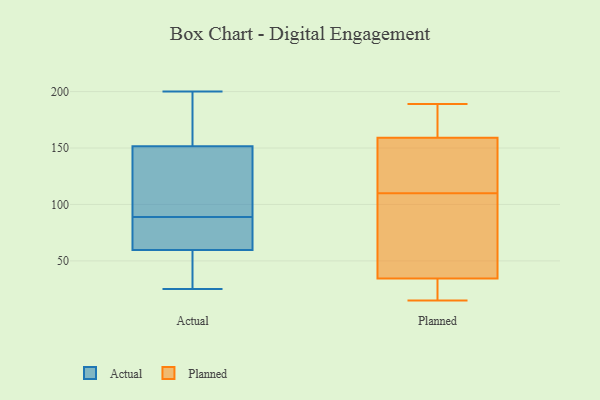
{"axis": {"x": "Gross Profit (USD K)", "y": "Value"}, "legend": ["Actual", "Planned"], "data": [{"x": "", "y": 64, "type": "Actual"}, {"x": "", "y": 180, "type": "Actual"}, {"x": "", "y": 25, "type": "Actual"}, {"x": "", "y": 146, "type": "Actual"}, {"x": "", "y": 39, "type": "Actual"}, {"x": "", "y": 89, "type": "Actual"}, {"x": "", "y": 115, "type": "Actual"}, {"x": "", "y": 200, "type": "Actual"}, {"x": "", "y": 146, "type": "Actual"}, {"x": "", "y": 60, "type": "Actual"}, {"x": "", "y": 64, "type": "Actual"}, {"x": "", "y": 59, "type": "Actual"}, {"x": "", "y": 168, "type": "Actual"}, {"x": "", "y": 171, "type": "Planned"}, {"x": "", "y": 30, "type": "Planned"}, {"x": "", "y": 178, "type": "Planned"}, {"x": "", "y": 85, "type": "Planned"}, {"x": "", "y": 42, "type": "Planned"}, {"x": "", "y": 19, "type": "Planned"}, {"x": "", "y": 36, "type": "Planned"}, {"x": "", "y": 41, "type": "Planned"}, {"x": "", "y": 17, "type": "Planned"}, {"x": "", "y": 189, "type": "Planned"}, {"x": "", "y": 110, "type": "Planned"}, {"x": "", "y": 128, "type": "Planned"}, {"x": "", "y": 162, "type": "Planned"}, {"x": "", "y": 111, "type": "Planned"}, {"x": "", "y": 15, "type": "Planned"}, {"x": "", "y": 158, "type": "Planned"}, {"x": "", "y": 127, "type": "Planned"}]}